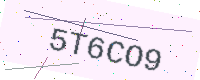
Text: 5T6CO9